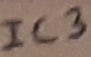
Text: IC3